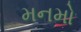
મનમો